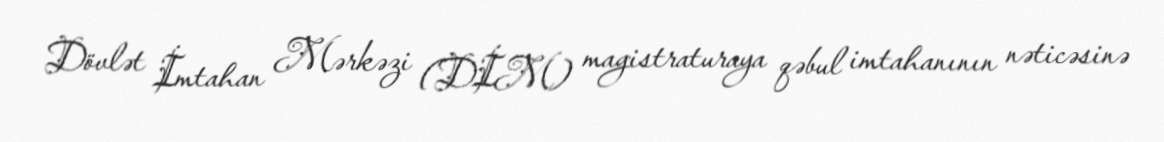
Dövlət İmtahan Mərkəzi (DİM) magistraturaya qəbul imtahanının nəticəsinə